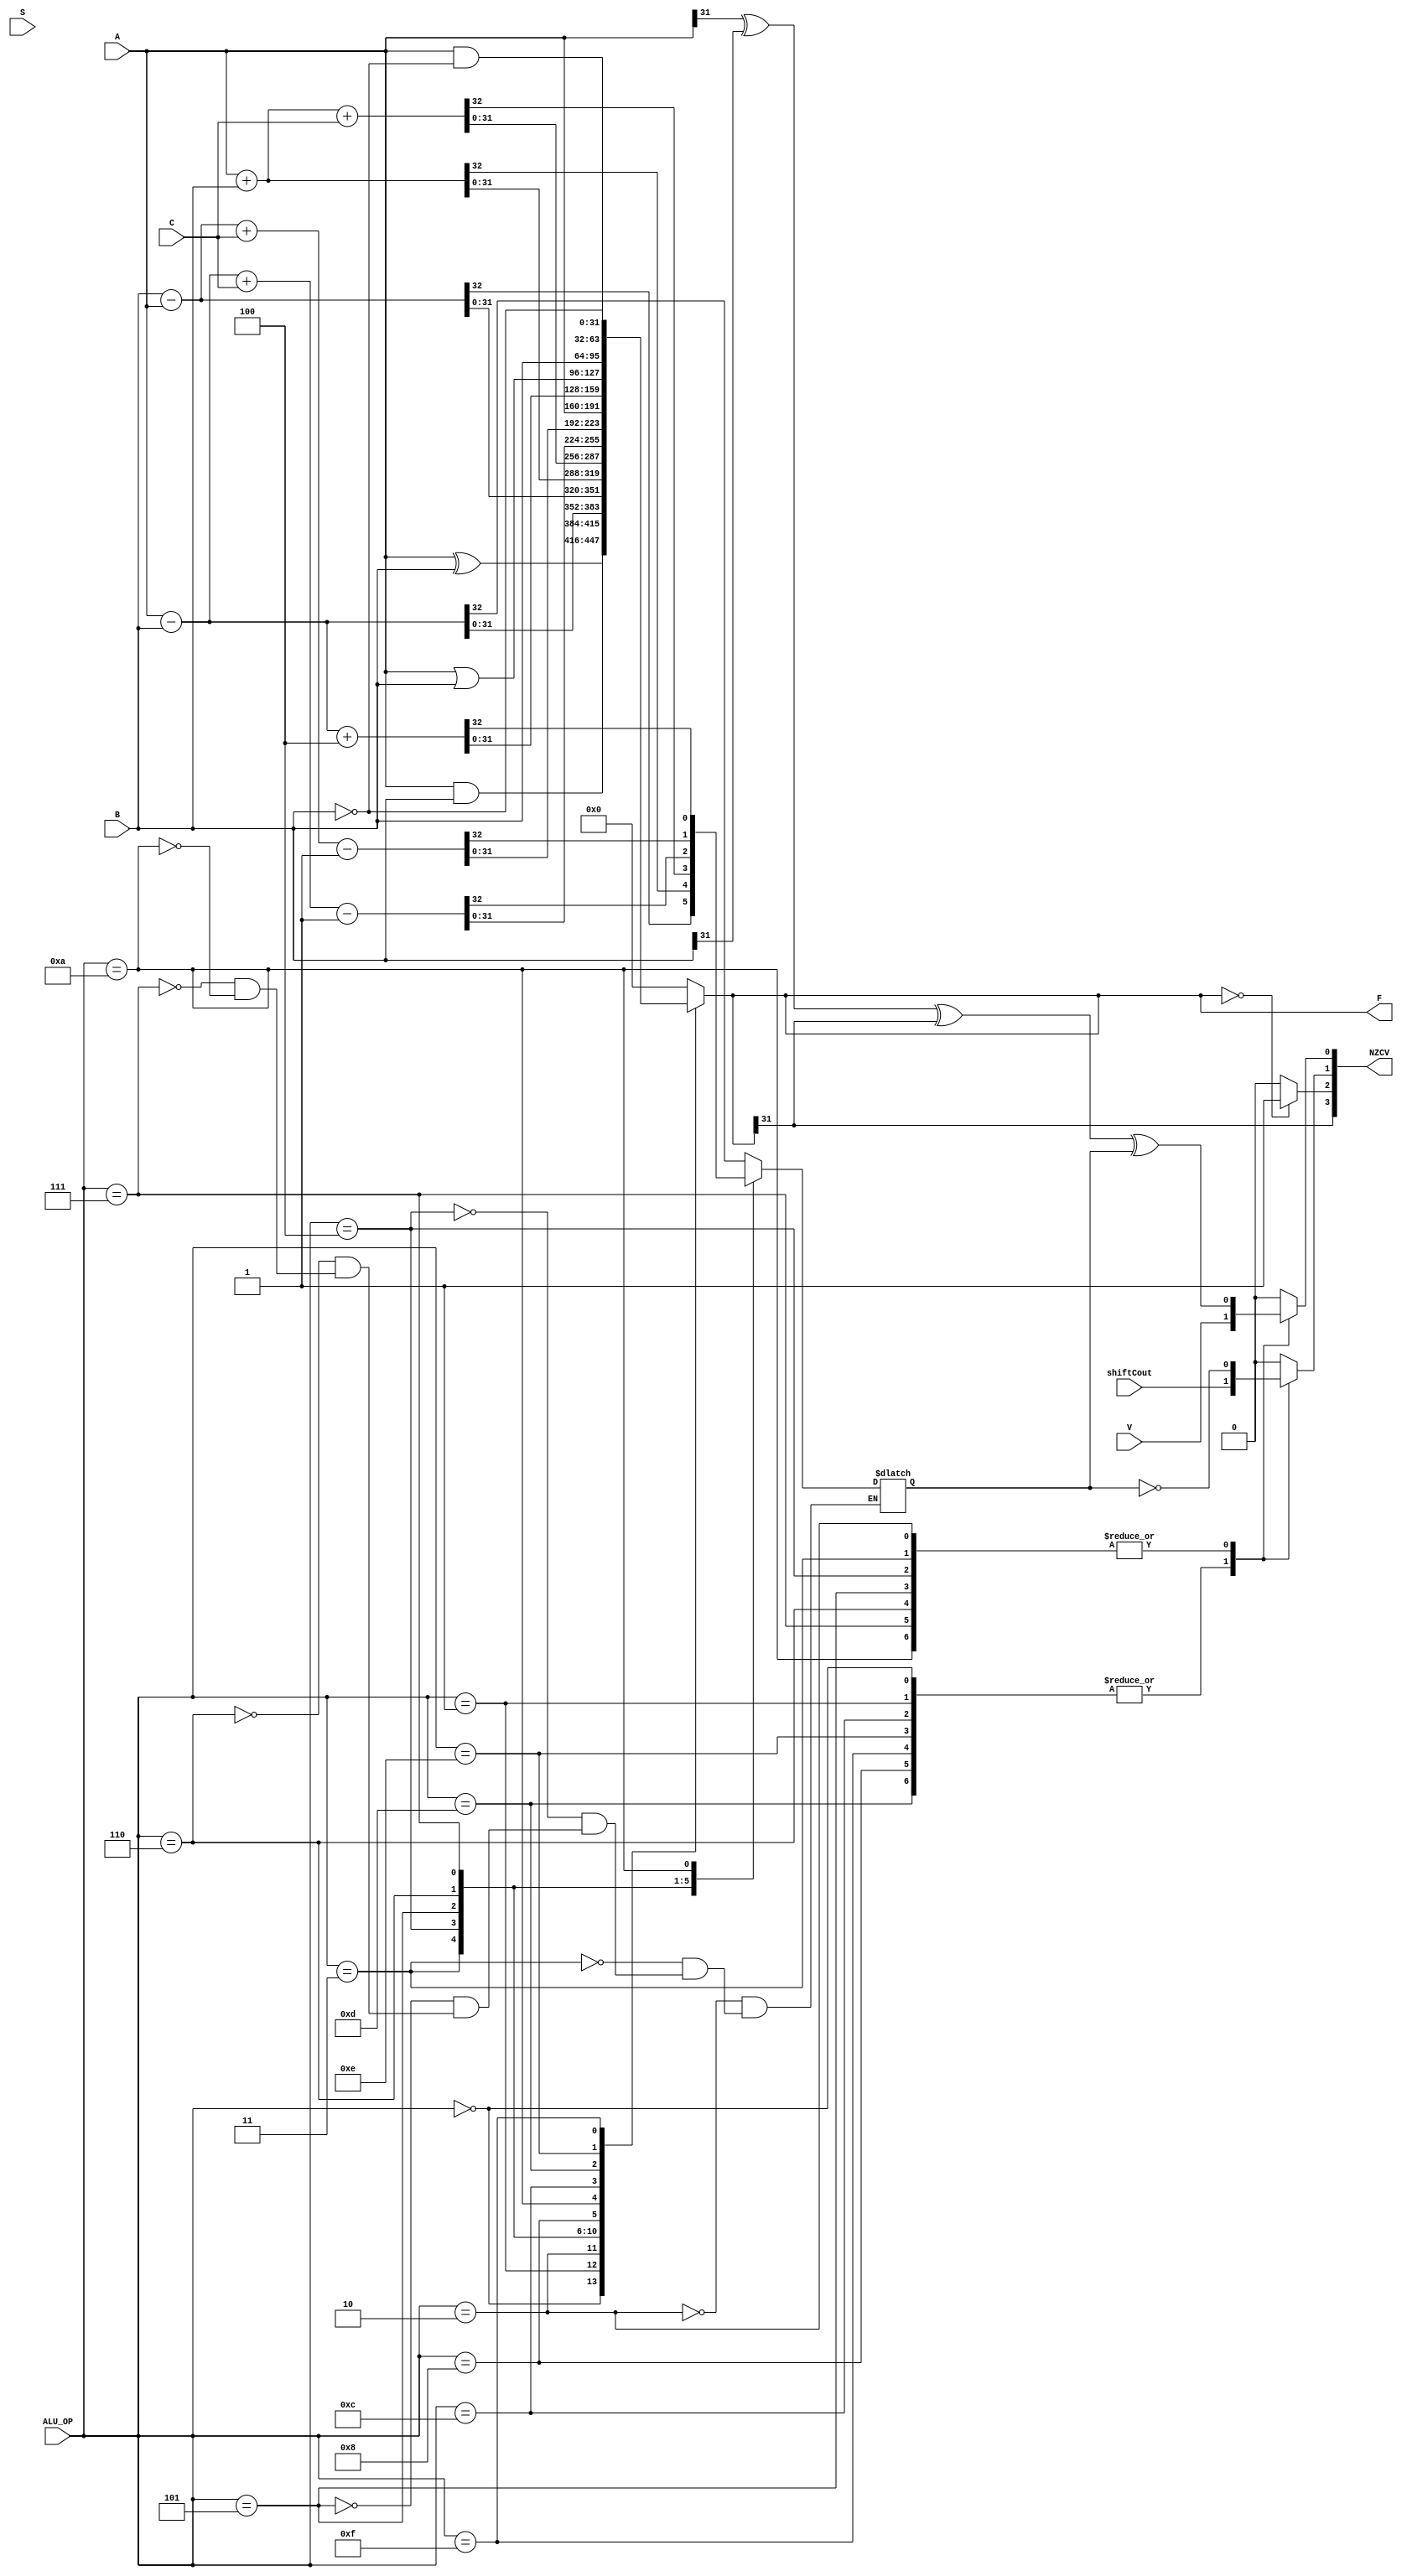
`timescale 1ns/1ps
module ALU (
    input[31:0]A,
    input[31:0]B,
    input[3:0]ALU_OP,
    input shiftCout,
    input S,
    input C,
    input V,
    output reg[31:0] F,
    output reg [3:0] NZCV
);
    reg Cout;
    localparam fN = 3,fZ = 2,fC = 1,fV = 0;
    always @(A or B or ALU_OP) begin
        case(ALU_OP)
            4'h0: F <= A & B;
            4'h1: F <= A ^ B;
            4'h2: {Cout,F} <= A - B;
            4'h3: {Cout,F} <= B - A;
            4'h4: {Cout,F} <= A + B;
            4'h5: {Cout,F} <= A + B + {31'b0,C};
            4'h6: {Cout,F} <= A - B + {31'b0,C} - 32'b1;
            4'h7: {Cout,F} <= B - A + {31'b0,C} - 32'b1;
            4'h8: F <= A;
            4'hA: {Cout,F} <= A - B + 32'h4;
            4'hC: F <=  A | B;
            4'hD: F <= B;
            4'hE: F <= A & (~B);
            4'hF: F <= ~B;
            default: F <= 0;
        endcase
    end
    

    always @(F or Cout or shiftCout or V or A or B) begin
        case(ALU_OP)
            4'h0,4'h1,4'hC,4'hE,4'hF,4'h8,4'hD:
            begin
                NZCV[fC] <= shiftCout;
                NZCV[fV] <= V;
            end
            4'h2,4'h3,4'h4,4'h5,4'h6,4'h7,4'hA:
            begin
                NZCV[fC] <= ~Cout;
                NZCV[fV] <= A[31]^B[31]^F[31]^Cout;
            end
            default: begin
                NZCV[fC] <= 0;
                NZCV[fV] <= 0;
            end
        endcase
    NZCV[fN] <= F[31];
    NZCV[fZ] <= (F == 32'h0)? 1'b1:1'b0;
    end
endmodule